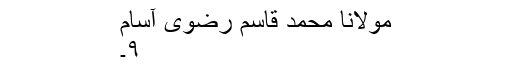
مولانا محمد قاسم رضوی آسام
۹۔